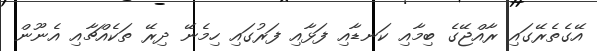
އޭގެތެރޭގައި ރާއްޖޭގެ ބިމާއި ކަނޑާއި ފަޅާއި ފަރުގައި ހިމެނޭ ދިރޭ ތަކެއްޗާއި އެނޫން